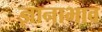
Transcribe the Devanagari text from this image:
ज्ञानाभाव